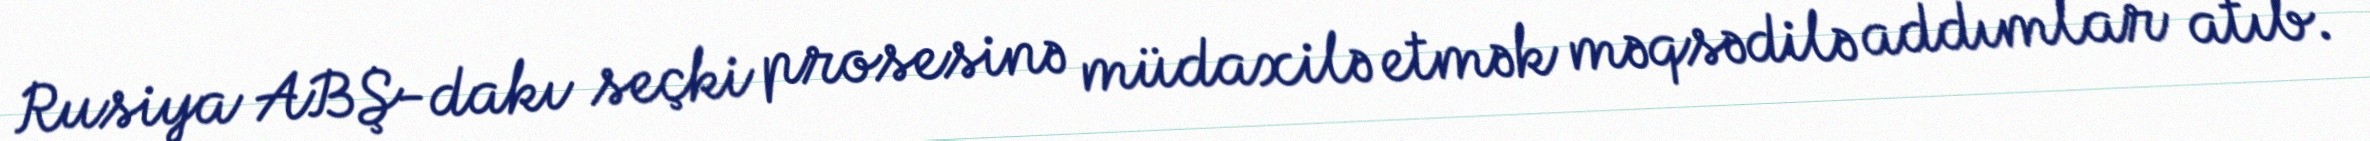
Rusiya ABŞ-dakı seçki prosesinə müdaxilə etmək məqsədilə addımlar atıb.